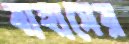
বাহাসের